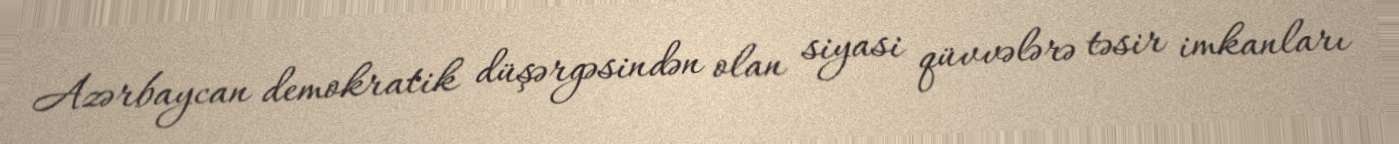
Azərbaycan demokratik düşərgəsindən olan siyasi qüvvələrə təsir imkanları